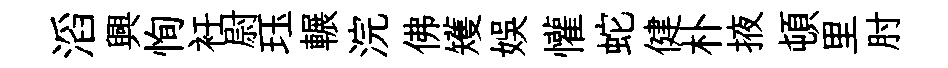
滔興恂衽尉珏輾浣佛矱娱懽蛇健朴掖頓里肘